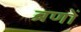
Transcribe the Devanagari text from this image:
ब्रणों